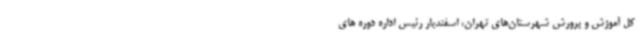
کل آموزش و پرورش شهرستان‌های تهران، اسفندیار رئیس اداره دوره های